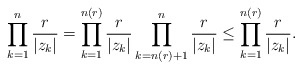
\begin{align*}\prod^{n}_{k=1}\frac{r}{|z_k|}=\prod^{n(r)}_{k=1}\frac{r}{|z_k|}\prod^{n}_{k=n(r)+1}\frac{r}{|z_k|}\leq\prod^{n(r)}_{k=1}\frac{r}{|z_k|}.\end{align*}